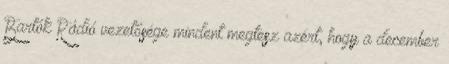
Bartók Rádió vezetősége mindent megtesz azért, hogy a december